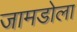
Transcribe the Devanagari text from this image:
जामडोला